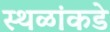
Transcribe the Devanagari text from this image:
स्थळांकडे